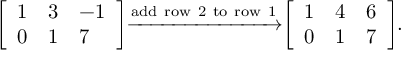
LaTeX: { \left[ \begin{array} { l l l } { 1 } & { 3 } & { - 1 } \\ { 0 } & { 1 } & { 7 } \end{array} \right] } { \xrightarrow { \mathrm { a d d ~ r o w ~ 2 ~ t o ~ r o w ~ 1 } } } { \left[ \begin{array} { l l l } { 1 } & { 4 } & { 6 } \\ { 0 } & { 1 } & { 7 } \end{array} \right] } .